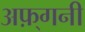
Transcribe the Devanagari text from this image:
अफ़्गनी